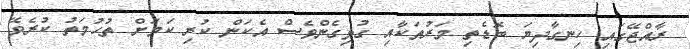
ރާއްޖޭގައި ހިނގާދިޔަ ބޮޑެތި މަރުތަކާއި ގުޅިގެންވެސް އެކަން ކުރި ކަމަށް ތުހުމަތު ކުރެވޭ